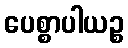
ပေစ္စာပါယဉ္စ